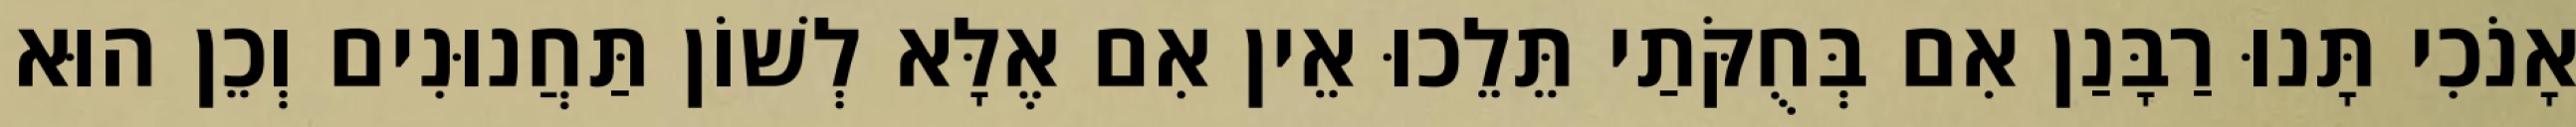
אָנֹכִי תָּנוּ רַבָּנַן אִם בְּחֻקֹּתַי תֵּלֵכוּ אֵין אִם אֶלָּא לְשׁוֹן תַּחֲנוּנִים וְכֵן הוּא